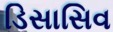
ડિસાસિવ